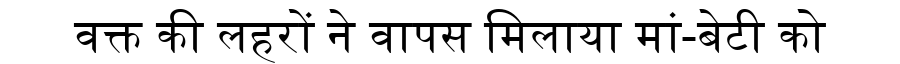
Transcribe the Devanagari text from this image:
वक्त की लहरों ने वापस मिलाया मां-बेटी को